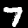
Digit: 7